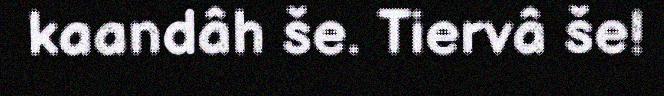
kaandâh še. Tiervâ še!